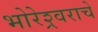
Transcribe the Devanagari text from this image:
भोरेश्र्वराचे